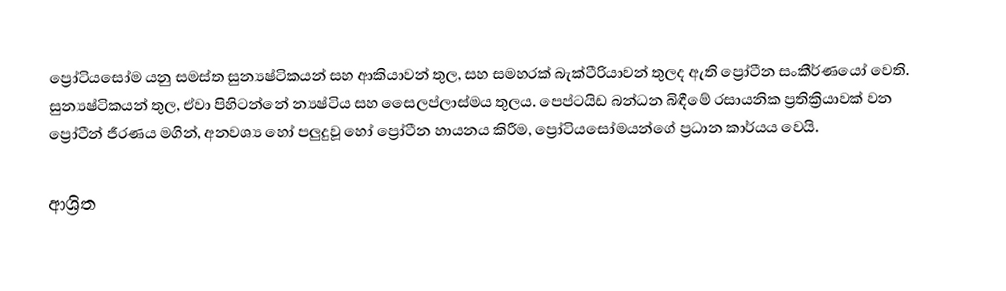
ප්‍රෝටියසෝම යනු  සමස්ත සුන්‍යෂ්ටිකයන් සහ  ආකියාවන් තුල, සහ සමහරක් බැක්ටීරියාවන් තුලද ඇති ප්‍රෝටීන සංකීර්ණයෝ වෙති.  සුන්‍යෂ්ටිකයන් තුල, ඒවා පිහිටන්නේ න්‍යෂ්ටිය සහ සෛලප්ලාස්මය තුලය.  පෙප්ටයිඩ බන්ධන බිඳීමේ රසායනික ප්‍රතික්‍රියාවක් වන ප්‍රෝටීන් ජීරණය මගින්, අනවශ්‍ය හෝ පලුදුවූ හෝ ප්‍රෝටීන හායනය කිරීම, ප්‍රෝටියසෝමයන්ගේ ප්‍රධාන කාර්යය වෙයි.

ආශ්‍රිත